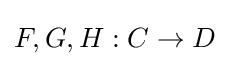
F,G,H:C\to D